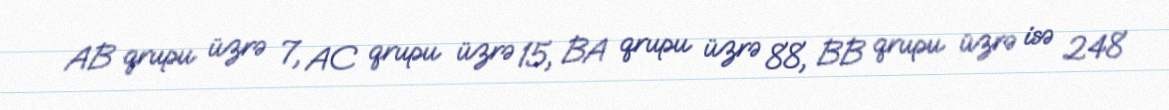
AB qrupu üzrə 7, AC qrupu üzrə 15, BA qrupu üzrə 88, BB qrupu üzrə isə 248